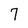
Character: 7